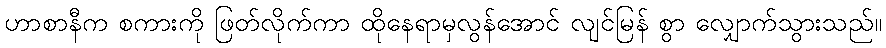
ဟာစာနီက စကားကို ဖြတ်လိုက်ကာ ထိုနေရာမှလွန်အောင် လျင်မြန် စွာ လျှောက်သွားသည်။